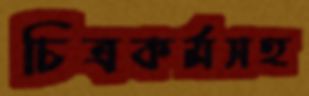
চিত্রকর্মসহ